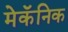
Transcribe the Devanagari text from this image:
मेकॅनिक